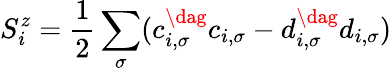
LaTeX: S_{i}^{z}=\frac{1}{2}\sum_{\sigma}(c_{i,\sigma}^{\dag}c_{i,\sigma}-d_{i,\sigma}^{\dag}d_{i,\sigma})